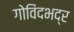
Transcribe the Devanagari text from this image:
गोविंदभद्र